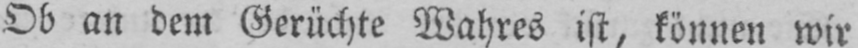
Ob an dem Gerüchte Wahres ist, können wir